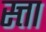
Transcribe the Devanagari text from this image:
स्त्ता